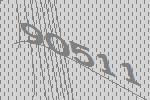
90511